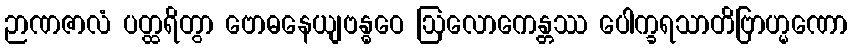
ဉာဏဇာလံ ပတ္ထရိတွာ ဗောဓနေယျဗန္ဓဝေ ဩလောကေန္တဿ ပေါက္ခရသာတိဗြာဟ္မဏော